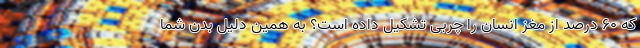
که ۶۰ درصد از مغز انسان را چربی تشکیل داده است؟ به همین دلیل بدن شما